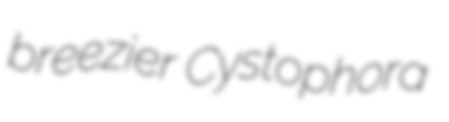
breezier Cystophora